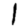
Digit: 1